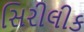
સિરીલીક